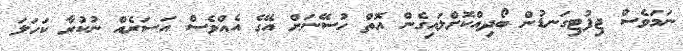
ނަމަވެސް ޖިފުޓިގަނޑުން ބޯދިއްކޮށްލައިގެން އޮތް ހުސޭނަށް އޭގެ އެއްވެސް އަސަރެއް ނުކުރާ ކަހަލަ